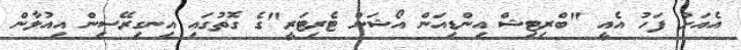
އެއަށް ފަހު އެއީ "ބްރިޓިޝް އިންޑިއަން އޯޝަން ޓެރިޓަރީ"ގެ ގޮތުގައި އިނގިރޭސިން އިއުލާން